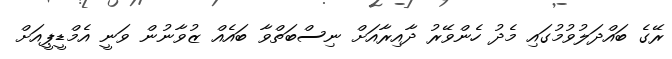
ރޭގެ ބައްދަލުވުމުގައި މެދު ހެންވޭރު ދާއިރާއަށް ނިސްބަތްވާ ބައެއް ޒުވާނުން ވަނީ އެމްޑީޕީއަށް